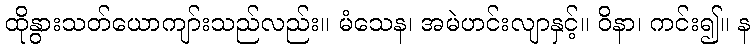
ထိုနွားသတ်ယောကျာ်းသည်လည်း။ မံသေန၊ အမဲဟင်းလျာနှင့်။ ဝိနာ၊ ကင်း၍။ န